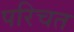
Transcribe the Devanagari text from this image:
परिचत